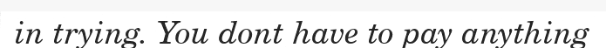
in trying. You dont have to pay anything